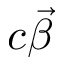
c \vec { \beta }